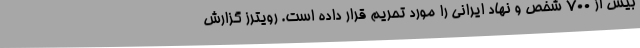
بیش از ۷۰۰ شخص و نهاد ایرانی را مورد تحریم قرار داده است. رویترز گزارش